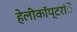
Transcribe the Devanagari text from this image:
हेलीकाॅप्टरांे